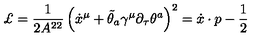
\pounds = \frac { 1 } { 2 A ^ { 2 2 } } \left( \dot { x } ^ { \mu } + \tilde { \theta } _ { a } \gamma ^ { \mu } \partial _ { \tau } \theta ^ { a } \right) ^ { 2 } = \dot { x } \cdot p - \frac { 1 } { 2 }